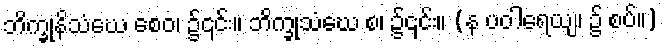
ဘိက္ခုနိသံဃေ စေဝ၊ ၌၎င်း။ ဘိက္ခုသံဃေ စ၊ ၌၎င်း။ (န ပဝါရေယျ၊ ၌ စပ်။)